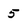
Character: 5